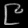
Digit: ၉